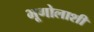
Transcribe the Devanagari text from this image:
भूगोलाशी